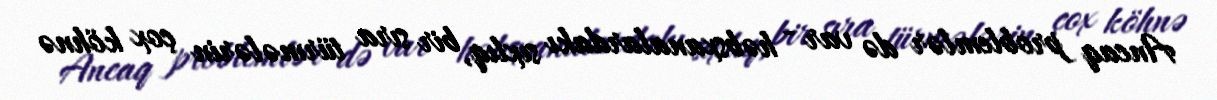
Ancaq problemlər də var - həbsxanalardakı sıxlıq, bir sıra türmələrin çox köhnə